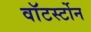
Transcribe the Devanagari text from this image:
वाॅटर्स्टोन